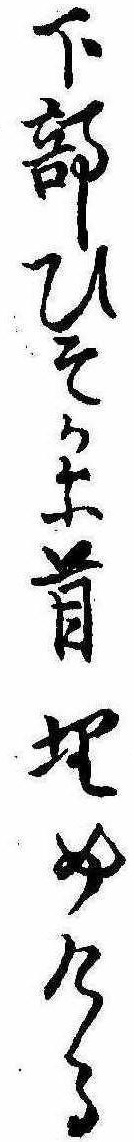
下部ひそかに首埋めける